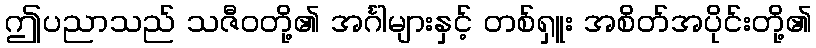
ဤပညာသည် သဇီဝတို့၏ အင်္ဂါများနှင့် တစ်ရှူး အစိတ်အပိုင်းတို့၏